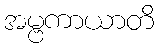
အမ္ဗကာယာတိ